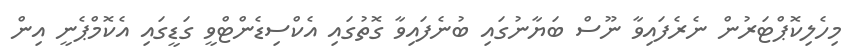
މިހެލިކޮޕްޓަރުން ނެރެފައިވާ ނޫސް ބަޔާނުގައި ބުނެފައިވާ ގޮތުގައި އެކްސިޑެންޓްވީ ގަޑީގައި އެކޮމްޕެނީ އިން